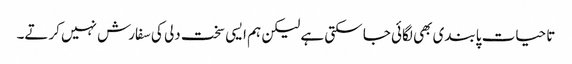
تا حیات پابندی بھی لگائی جا سکتی ہے لیکن ہم ایسی سخت دلی کی سفارش نہیں کرتے۔